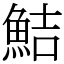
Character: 鮚